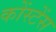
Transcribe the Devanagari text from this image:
कोंस्टेंस